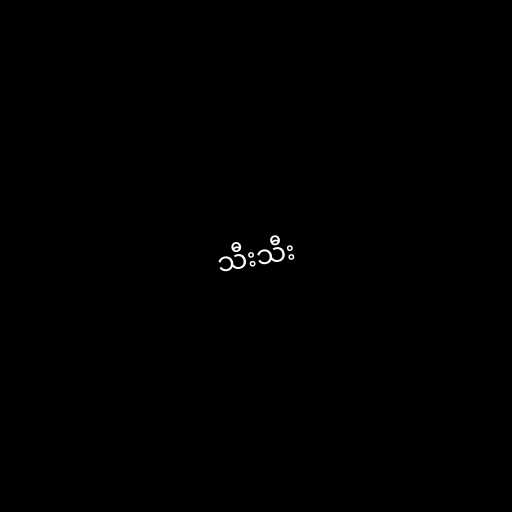
သီးသီး